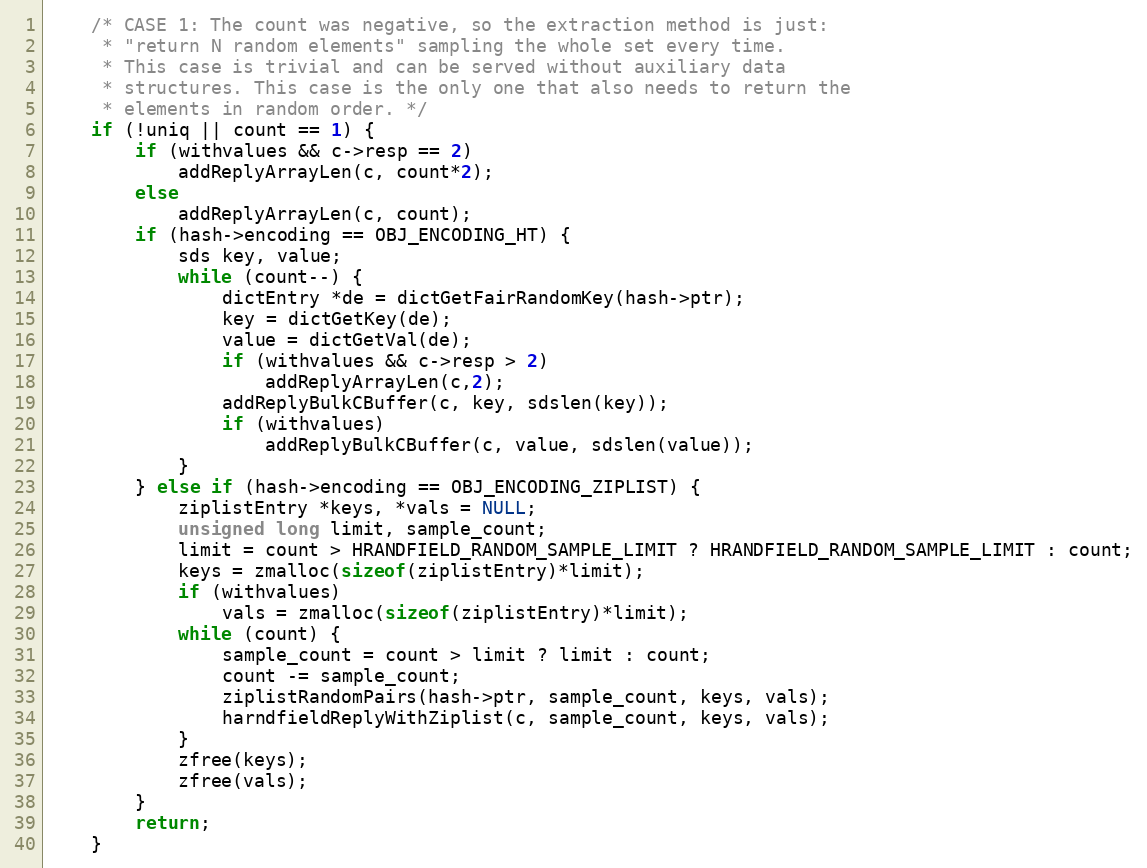
Language: C
    /* CASE 1: The count was negative, so the extraction method is just:
     * "return N random elements" sampling the whole set every time.
     * This case is trivial and can be served without auxiliary data
     * structures. This case is the only one that also needs to return the
     * elements in random order. */
    if (!uniq || count == 1) {
        if (withvalues && c->resp == 2)
            addReplyArrayLen(c, count*2);
        else
            addReplyArrayLen(c, count);
        if (hash->encoding == OBJ_ENCODING_HT) {
            sds key, value;
            while (count--) {
                dictEntry *de = dictGetFairRandomKey(hash->ptr);
                key = dictGetKey(de);
                value = dictGetVal(de);
                if (withvalues && c->resp > 2)
                    addReplyArrayLen(c,2);
                addReplyBulkCBuffer(c, key, sdslen(key));
                if (withvalues)
                    addReplyBulkCBuffer(c, value, sdslen(value));
            }
        } else if (hash->encoding == OBJ_ENCODING_ZIPLIST) {
            ziplistEntry *keys, *vals = NULL;
            unsigned long limit, sample_count;
            limit = count > HRANDFIELD_RANDOM_SAMPLE_LIMIT ? HRANDFIELD_RANDOM_SAMPLE_LIMIT : count;
            keys = zmalloc(sizeof(ziplistEntry)*limit);
            if (withvalues)
                vals = zmalloc(sizeof(ziplistEntry)*limit);
            while (count) {
                sample_count = count > limit ? limit : count;
                count -= sample_count;
                ziplistRandomPairs(hash->ptr, sample_count, keys, vals);
                harndfieldReplyWithZiplist(c, sample_count, keys, vals);
            }
            zfree(keys);
            zfree(vals);
        }
        return;
    }